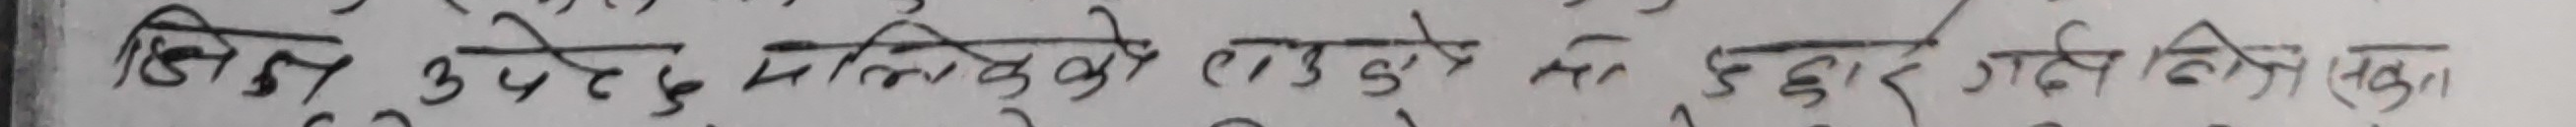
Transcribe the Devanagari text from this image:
झिंडा उभडे जतिको ठाउको लागि उधार गर्ने लेखिएको थियो।